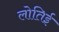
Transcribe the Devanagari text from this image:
लोतिई